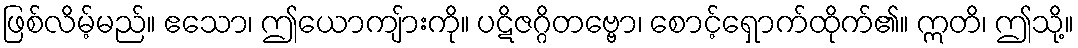
ဖြစ်လိမ့်မည်။ ဧသော၊ ဤယောကျ်ားကို။ ပဋိဇဂ္ဂိတဗ္ဗော၊ စောင့်ရှောက်ထိုက်၏။ ဣတိ၊ ဤသို့။